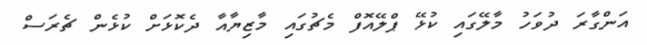
އަންގާރަ ދުވަހު މާލޭގައި ކުޅޭ ޕްލޭއޮފް މެޗުގައި މާޒިޔާއާ ދެކޮޅަށް ކުޅެން ޗެރަސް